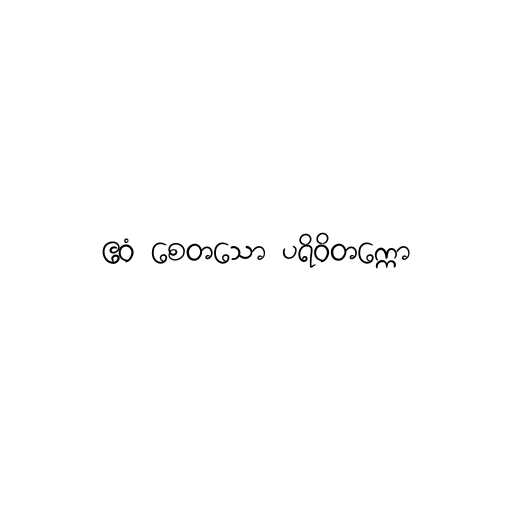
ဧဝံ စေတသော ပရိဝိတက္ကော